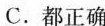
C.都正确